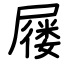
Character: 屦